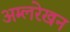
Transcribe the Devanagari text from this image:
अम्लरेखन